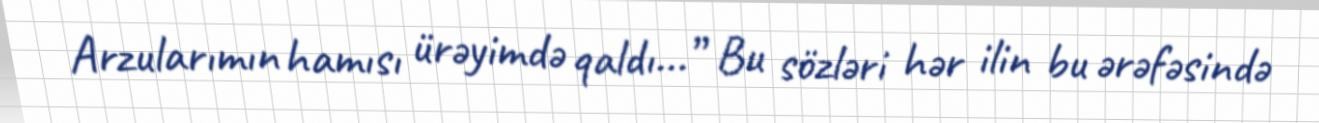
Arzularımın hamısı ürəyimdə qaldı...” Bu sözləri hər ilin bu ərəfəsində